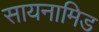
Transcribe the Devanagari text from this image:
सायनामिड